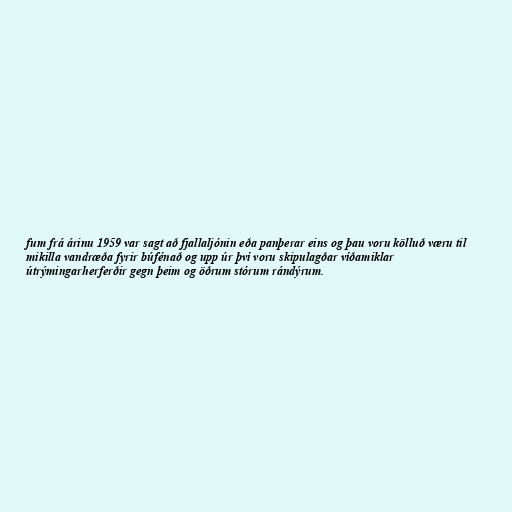
fum frá árinu 1959 var sagt að fjallaljónin eða panþerar eins og þau voru kölluð væru til
mikilla vandræða fyrir búfénað og upp úr því voru skipulagðar víðamiklar
útrýmingarherferðir gegn þeim og öðrum stórum rándýrum.